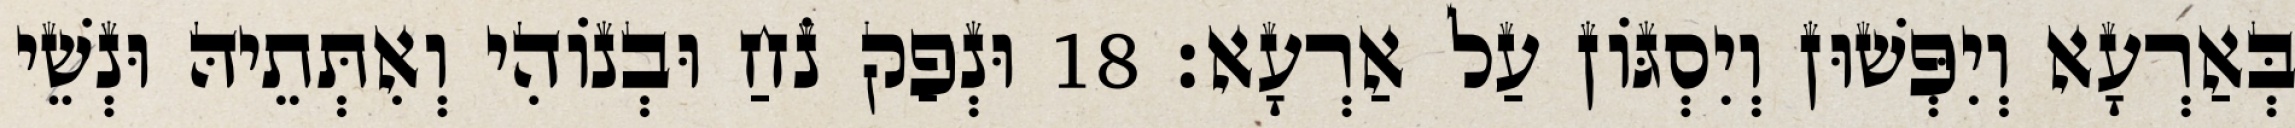
בְּאַרְעָא וְיִפְּשׁוּן וְיִסְגּוֹן עַל אַרְעָא׃ 18 וּנְפַק נֹחַ וּבְנוֹהִי וְאִתְּתֵיהּ וּנְשֵׁי